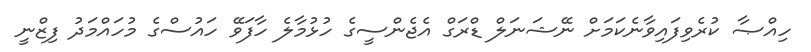
ހިއްޞާ ކުރެވިފައިވާނެކަމަށް ނޭޝަނަލް ޑްރަގް އެޖެންސީގެ ހުޅުމާލެ ހާފަވޭ ހައުސްގެ މުހައްމަދު ފިޒްނީ